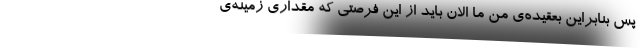
پس بنابراین بعقیده‌ی من ما الان باید از این فرصتی که مقداری زمینه‌ی